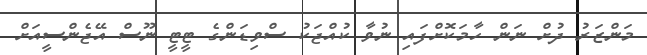
މަންޒަރު ދުށް ނަން ހާމަކޮށްފައި ނުވާ ކުއްޖަކު ސްވިޑަންގެ ޓީޓީ ނޫސް އޭޖެންސީއަށް